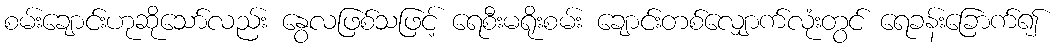
စမ်းချောင်းဟုဆိုသော်လည်း နွေလဖြစ်သဖြင့် ရေစီးမရိုးစမ်း ချောင်းတစ်လျှောက်လုံးတွင် ရေခန်းခြောက်၍